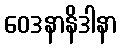
ဝေဒနာနိဒါနာ